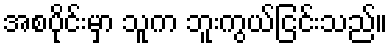
အစပိုင်းမှာ သူက ဘူးကွယ်ငြင်းသည်။